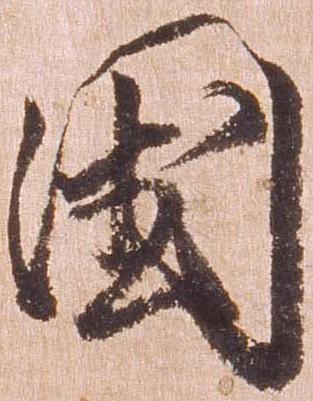
国